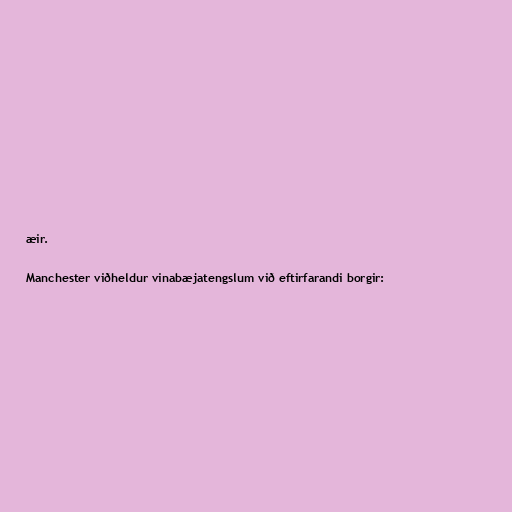
æir.

Manchester viðheldur vinabæjatengslum við eftirfarandi borgir: